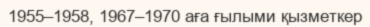
1955–1958, 1967–1970 аға ғылыми қызметкер